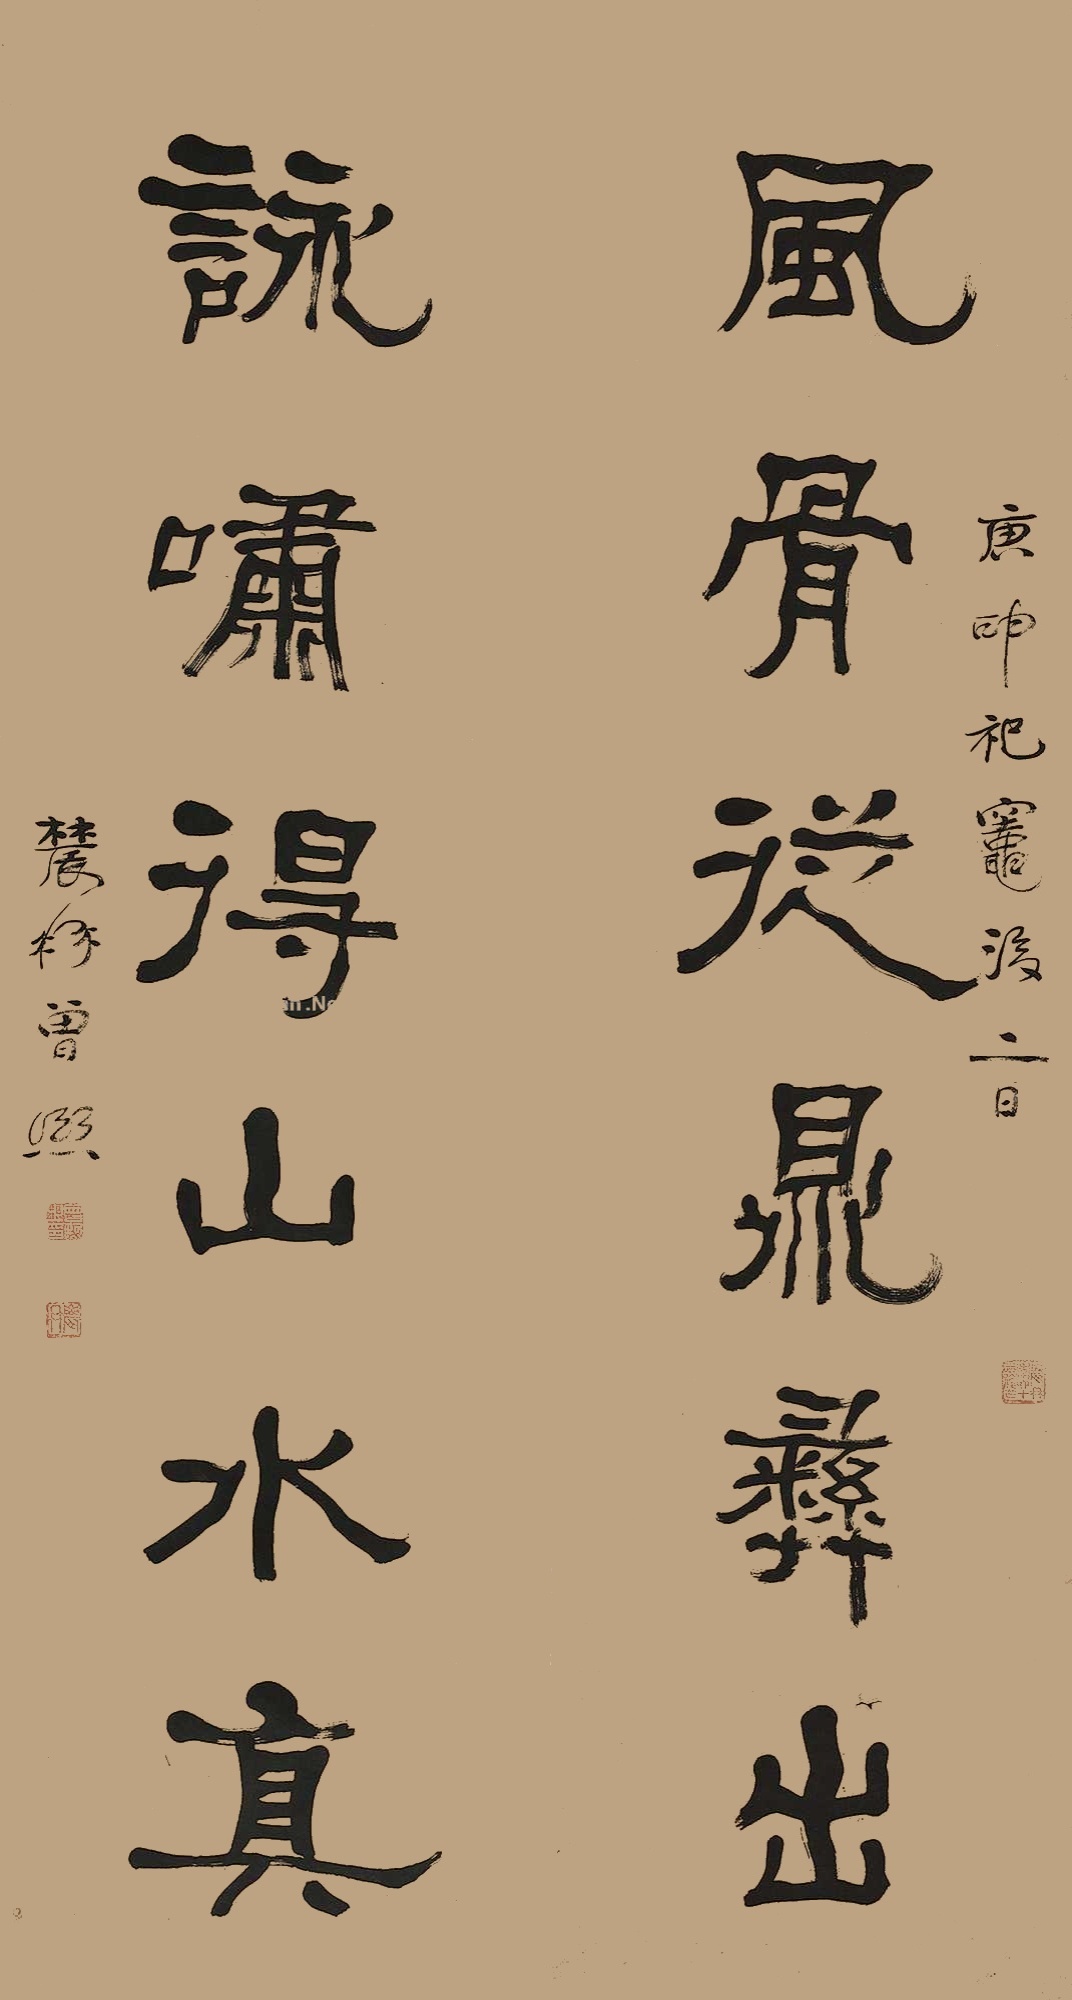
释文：风骨从鼎彝出，咏啸得山水真。庚申（1920年）祀灶后二日，麓髯曾熙。